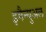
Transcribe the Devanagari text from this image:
इमैन्युअल